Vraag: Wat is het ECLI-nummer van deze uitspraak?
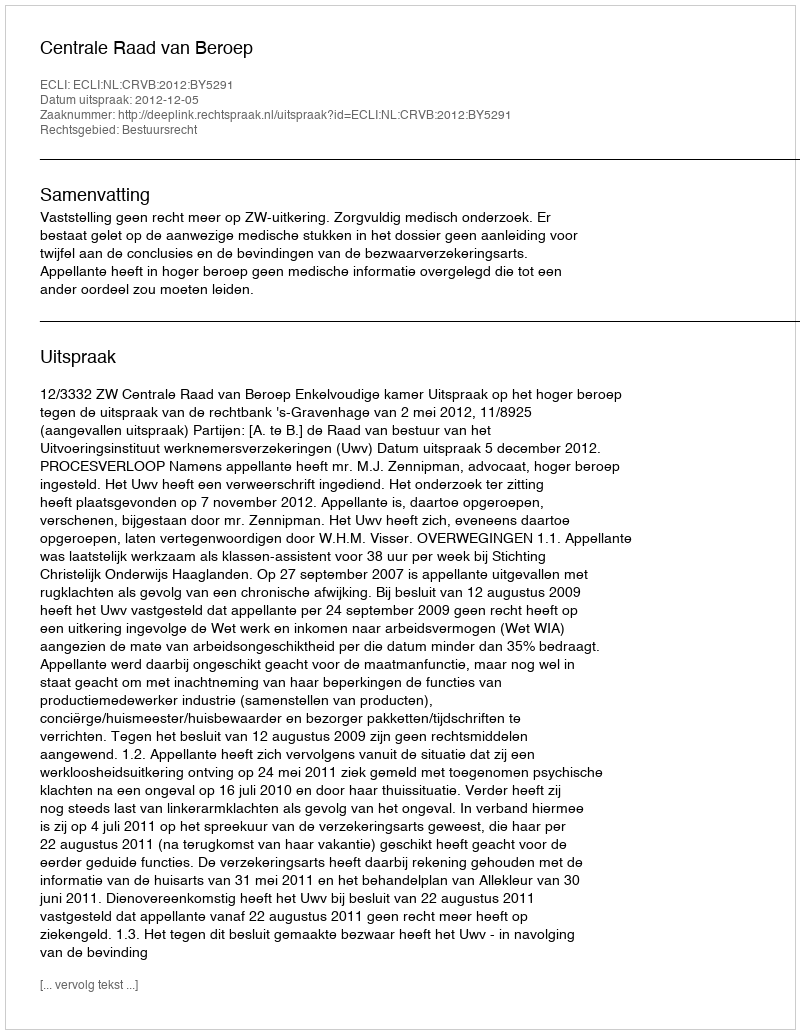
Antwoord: ECLI:NL:CRVB:2012:BY5291